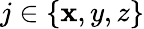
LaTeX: j\in\{ \mathbf{x},y,z\}